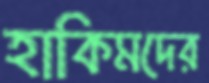
হাকিমদের